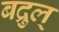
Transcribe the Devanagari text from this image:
बद्रुल्